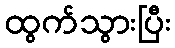
ထွက်သွားပြီး